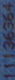
11136364